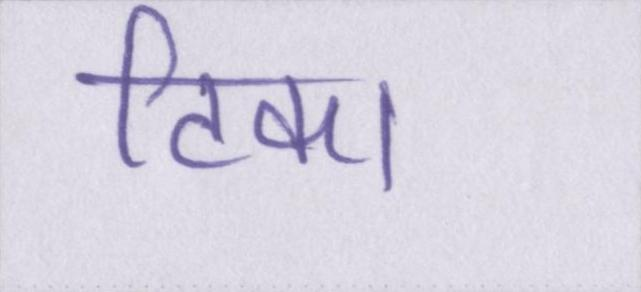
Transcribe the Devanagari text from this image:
टिका